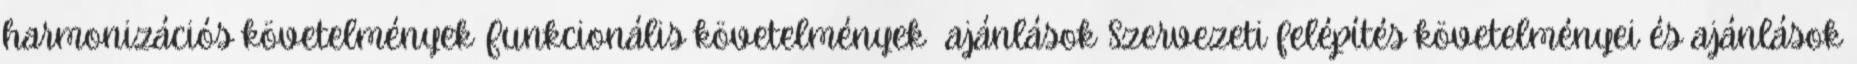
harmonizációs követelmények Funkcionális követelmények ajánlások Szervezeti felépítés követelményei és ajánlások